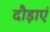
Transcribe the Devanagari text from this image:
दौड़ाएं